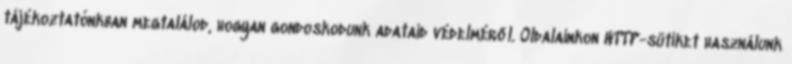
tájékoztatónkban megtalálod, hogyan gondoskodunk adataid védelméről. Oldalainkon HTTP-sütiket használunk